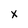
Character: X